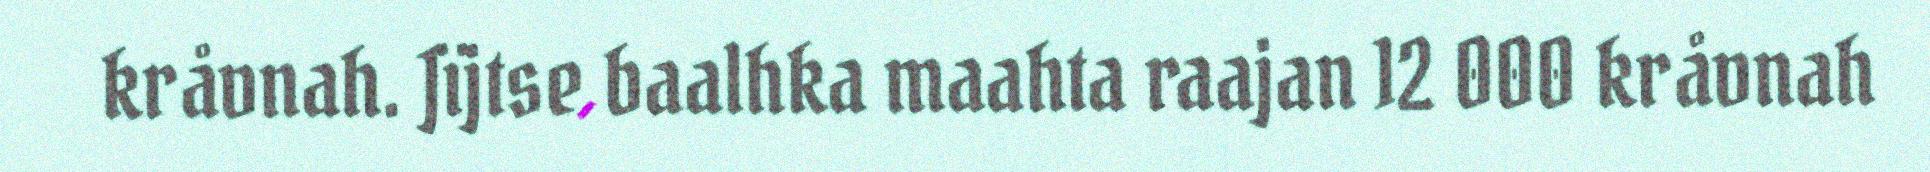
kråvnah. Jïjtse baalhka maahta raajan 12 000 kråvnah